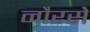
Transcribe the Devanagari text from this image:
नौरसे